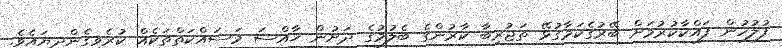
ފުލުހުން ފައްކާކުރުމަށް ބޭރުގެކަމާގުޅޭ ތަޖުރިބާ ކާރުންގެ ބެލުމުގެ ދަށުން ޚާއްސަ މަސައްކަތްތަކެއް ކުރެވިގެންދިޔައެވެ.